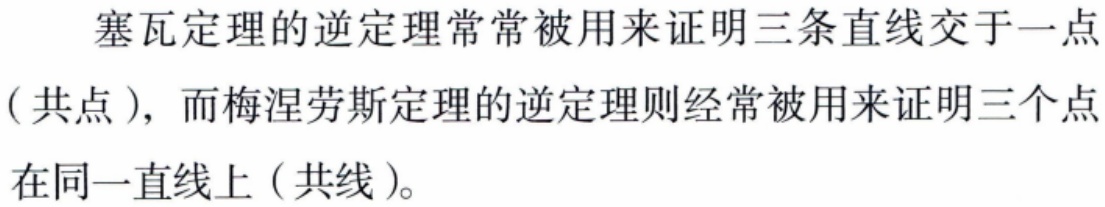
塞瓦定理的逆定理常常被用来证明三条直线交于一点（共点），而梅涅劳斯定理的逆定理则经常被用来证明三个点在同一直线上（共线）。